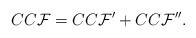
LaTeX: \begin{align*}CC{\cal F}=CC{\cal F}'+CC{\cal F}''.\end{align*}